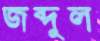
জব্দুল